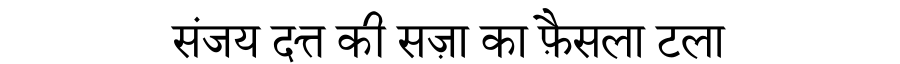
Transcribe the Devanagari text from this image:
संजय दत्त की सज़ा का फ़ैसला टला